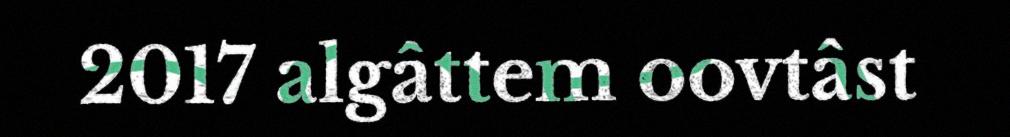
2017 algâttem oovtâst